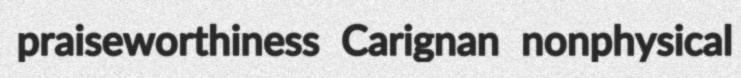
praiseworthiness Carignan nonphysical